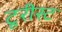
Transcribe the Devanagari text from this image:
टूरीस्ट